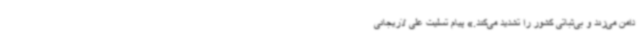
دامن می‌زند و بی‌ثباتی کشور را تشدید می‌کند.» پیام تسلیت علی لاریجانی